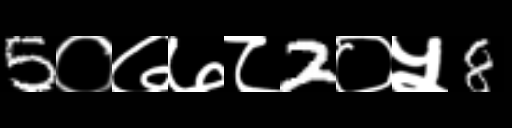
Text: 5०७७८2०५8